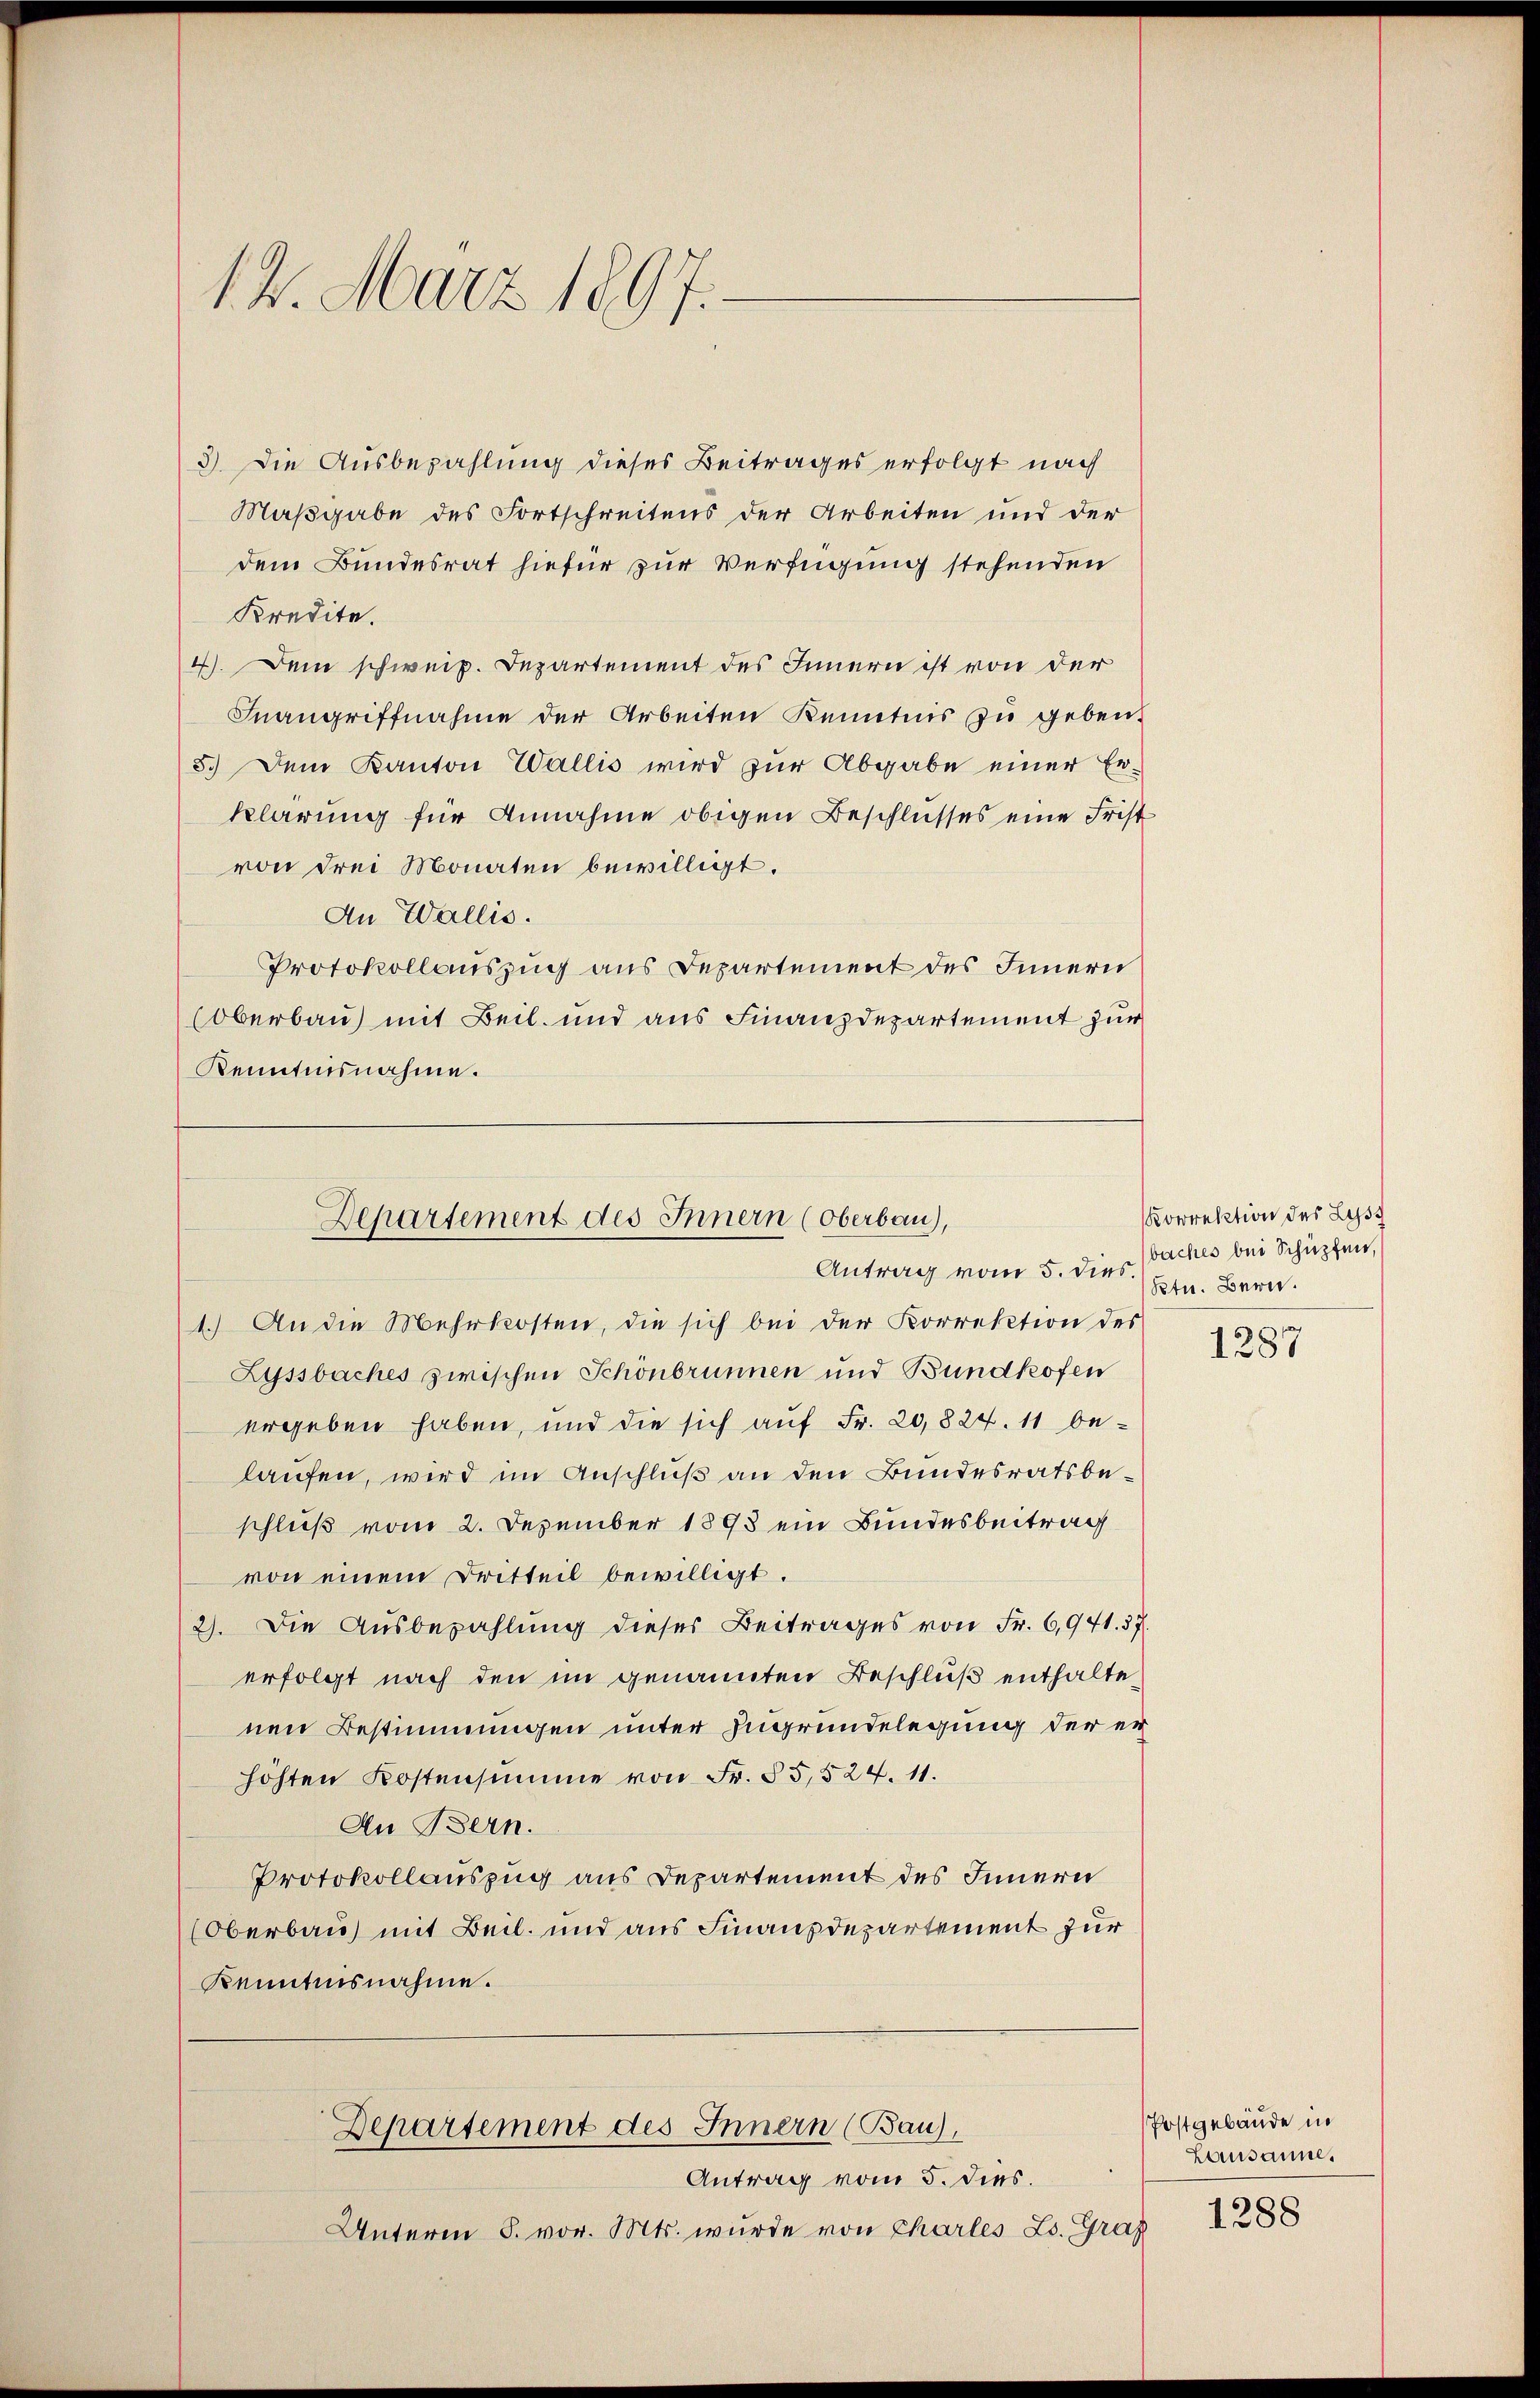
14. März 1897.

3). Die Ausbezahlung dieses Beitrages erfolgt nach
Maßgabe des Fortschreitens der Arbeiten und der
dem Bundesrat hiefür zur Verfügung stehenden
Kredite.
4). Dein schweiz. Departement des Innern ist von der
Inangriffnahme der Arbeiten Kenntnis zu geben.
5.) Dem Kanton Wallis wird zur Abgabe einer Er-
klärung für Annahme obigen Beschlusses eine Frist
von drei Monaten bewilligt.
An Wallis.
Protokollauszug aus Departement des Innern
Oberbau mit Beil und aus Finanzdepartement zur
Kenntnisnahme.

Departement des Innern (Oberbau),

Antrag vom 5. dies
1.) An die Mehrkosten, die sich bei der Korrektion des
Zyssbaches zwischen Schönbrunnen und Bundkofen
ergeben haben, und die sich auf Fr. 20,824. 11 belaufen, wird im Anschluß an den Bundesratsbeschluß vom 2. Dezember 1898 ein Bundesbeitrag
von einem Dritteil bewilligt.
2). Die Ausbezahlung dieser Beitrages von Fr. 6,941. 37.
erfolgt nach den im genannten Beschluß enthaltenen Bestimmungen unter Zugrundelegung der er
höhten Kostensumme von Fr. 55,524. 11.
An Bern.
Protokollauszug aus Departement des Innern
Oberbau mit Beil. und aus Finanzdepartement zur
Kenntnisnahme.

Departement des Innern (Bau),

Antrag vom 5. dies.
Unterm 5. vor. Mts. wurde von Chartes L. Graf

Korrektion des Lyss
baches bei Schüpfen,
Ktn. Bern.

1287

Postgebäude in
Lausanne.

1288